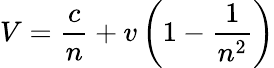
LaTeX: V={\frac{c}{n}}+v\left(1-{\frac{1}{n^{2}}}\right)